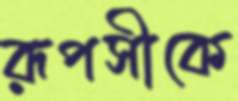
রূপসীকে